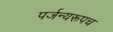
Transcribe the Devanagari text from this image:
पर्जन्यरूपच